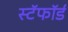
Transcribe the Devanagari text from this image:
स्टॅफॉर्ड